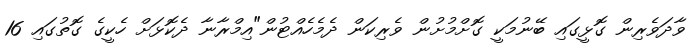
ވާދަވެރިން ގޮޅީގައި ބޭނުމަކީ ގޮށްމުށުން ވެރިކަން ދެމެހެއްޓުން"އިމްރާނާ ދެކޮޅަށް ހެކީގެ ގޮތުގައި 16